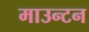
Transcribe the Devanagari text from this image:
माउन्टन